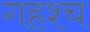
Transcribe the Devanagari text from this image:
गहश्च